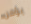
يؤمن